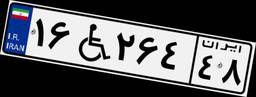
۱۶W۲۶۴۴۸